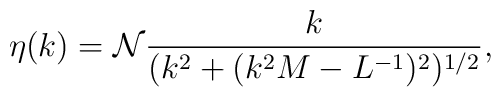
\eta(k) = {\cal N} \frac{k}{(k^2+(k^2M-L^{-1})^2)^{1/2}},